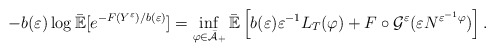
\begin{align*}-b(\varepsilon )\log \mathbb{\bar{E}}[e^{-F(Y^{\varepsilon })/b(\varepsilon)}]=\inf_{\varphi \in \bar{\mathcal{A}}_{+}}\mathbb{\bar{E}}\left[b(\varepsilon )\varepsilon ^{-1}L_{T}(\varphi )+F\circ \mathcal{G}^{\varepsilon }(\varepsilon N^{\varepsilon ^{-1}\varphi })\right] .\end{align*}